Report on vaccination in the Province of Bengal - 1874-1889
Year: 1874
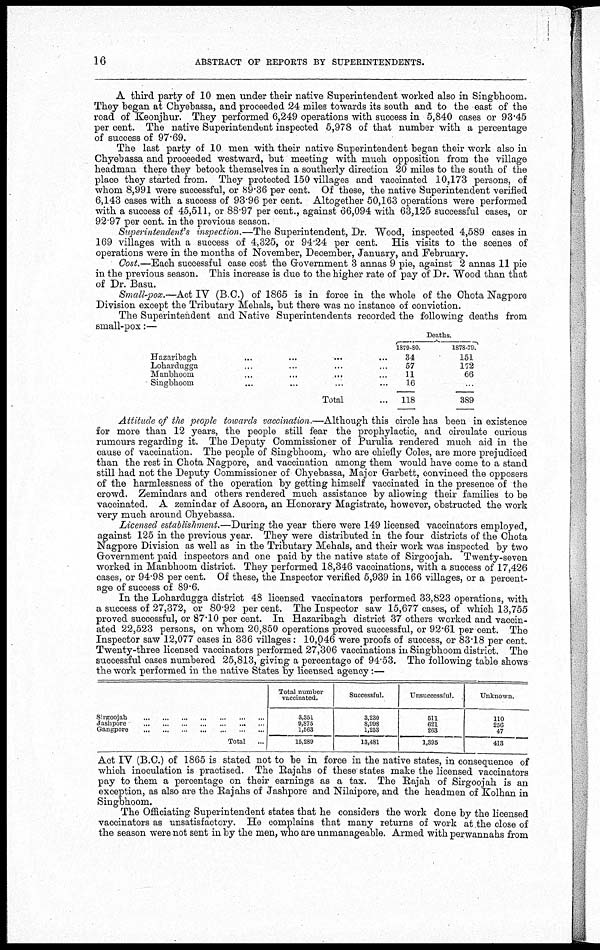
16
ABSTRACT OF REPORTS BY SUPERINTENDENTS.
A third party of 10 men under their native Superintendent worked also in Singbhoom.
They began at Chyebassa, and proceeded 24 miles towards its south and to the east of the
road of Keonjhur. They performed 6,249 operations with success in 5,840 cases or 93.45
per cent. The native Superintendent inspected 5,978 of that number with a percentage
of success of 97.69.
The last party of 10 men with their native Superintendent began their work also in
Chyebassa and proceeded westward, but meeting with much opposition from the village
headman there they betook themselves in a southerly direction 20 miles to the south of the
place they started from. They protected 150 villages and vaccinated 10,173 persons, of
whom 8,991 were successful, or 89.36 per cent. Of these, the native Superintendent verified
6,143 cases with a success of 93.96 per cent. Altogether 50,163 operations were performed
with a success of 45,511, or 88.97 per cent., against 66,094 with 63,125 successful cases, or
92.97 per cent. in the previous season.
Superintendent's inspection.—The Superintendent, Dr. Wood, inspected 4,589 cases in
169 villages with a success of 4,325, or 94.24 per cent. His visits to the scenes of
operations were in the months of November, December, January, and February.
Cost.—Each successful case cost the Government 3 annas 9 pie, against 2 annas 11 pie
in the previous season. This increase is due to the higher rate of pay of Dr. Wood than that
of Dr. Basu.
Small-pox.—Act IV (B C.) of 1865 is in force in the whole of the Chota Nagpore
Division except the Tributary Mehals, but there was no instance of conviction.
The Superintendent and Native Superintendents recorded the following deaths from
small-pox:—
Hazaribagh... ... ... ...
Lohardugga... ... ... ... ...
Manbhoom... ... ... ... ...
Singhoom... ... ... ... ...
Total...
Deaths.
1879-80.
34
57
11
16
118
1878-79.
151
172
66
...
389
Attitude of the people towards vaccination.—Although this circle has been in existence
for more than 12 years, the people still fear the prophylactic, and circulate curious
rumours regarding it. The Deputy Commissioner of Purulia rendered much aid in the
cause of vaccination. The people of Singbhoom, who are chiefly Coles, are more prejudiced
than the rest in Chota Nagpore, and vaccination among them would have come to a stand
still had not the Deputy Commissioner of Chyebassa, Major Garbett, convinced the opposers
of the harmlessness of the operation by getting himself vaccinated in the presence of the
crowd. Zemindars and others rendered much assistance by allowing their families to be
vaccinated. A zemindar of Asoora, an Honorary Magistrate, however, obstructed the work
very much around Chyebassa.
Licensed establishment.—During the year there were 149 licensed vaccinators employed,
against 125 in the previous year. They were distributed in the four districts of the Chota
Nagpore Division as well as in the Tributary Mehals, and their work was inspected by two
Government paid inspectors and one paid by the native state of Sirgoojah. Twenty-seven
worked in Manbhoom district. They performed 18,346 vaccinations, with a success of 17,426
cases, or 94.98 per cent. Of these, the Inspector verified 5,939 in 166 villages, or a percent-
age of success of 89.6.
In the Lohardugga district 48 licensed vaccinators performed 33,823 operations, with
a success of 27,372, or 80.92 per cent. The Inspector saw 15,677 cases, of which 13,755
proved successful, or 87.10 per cent. In Hazaribagh district 37 others worked and vaccin-
ated 22,523 persons, on whom 20,850 operations proved successful, or 92.61 per cent. The
Inspector saw 12,077 cases in 336 villages: 10,046 were proofs of success, or 83.18 per cent.
Twenty-three licensed vaccinators performed 27,306 vaccinations in Singbhoom district. The
successful cases numbered 25,813, giving a percentage of 94.53. The following table shows
the work performed in the native States by licensed agency:—
Sirgoojah...
...
...
...
...
Jashpore...
...
...
...
...
...
Gangpore... ... ... ... ... ...
Total...
Total number
vaccinated.
3,351
9,875
1,563
15,289
Successful.
3,230
8,998
1,253
13,481
Unsuccessful.
511
621
263
1,395
Unknown.
110
256
47
413
Act IV (B.C.) of 1865 is stated not to be in force in the native states, in consequence of
which inoculation is practised. The Rajahs of these states make the licensed vaccinators
pay to them a percentage on their earnings as a tax. The Rajah of Sirgoojah is an
exception, as also are the Rajahs of Jashpore and Nilaipore, and the headmen of Kolhan in
Singbhoom.
The Officiating Superintendent states that he considers the work done by the licensed
vaccinators as unsatisfactory. He complains that many returns of work at the close of
the season were not sent in by the men, who are unmanageable. Armed with perwannahs from